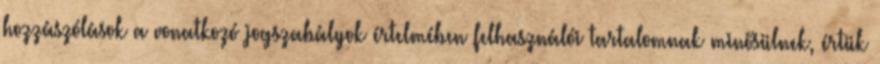
hozzászólások a vonatkozó jogszabályok értelmében felhasználói tartalomnak minősülnek, értük